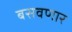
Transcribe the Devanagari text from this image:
बसवणार